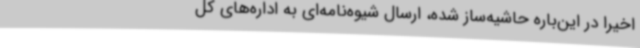
اخیرا در این‌باره حاشیه‌ساز شده، ارسال شیوه‌نامه‌ای به اداره‌های کل